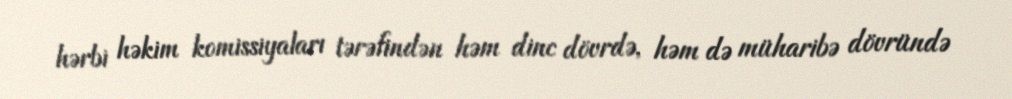
hərbi həkim komissiyaları tərəfindən həm dinc dövrdə, həm də müharibə dövründə